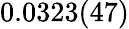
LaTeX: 0.0323(47)